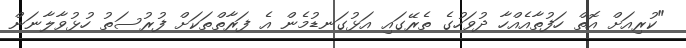
"ކުރިއަށް އޮތް ހަފުތާއެއްހާ ދުވަހުގެ ތެރޭގައި އަޅުގަނޑުމެން އެ ފަރާތްތަކަށް ފުރުސަތު ހުޅުވާލާނަން